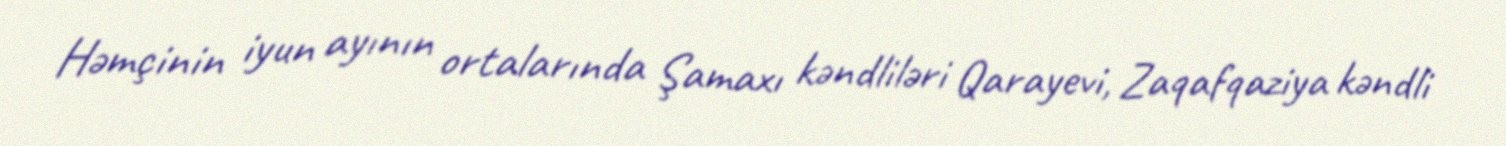
Həmçinin iyun ayının ortalarında Şamaxı kəndliləri Qarayevi, Zaqafqaziya kəndli